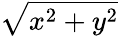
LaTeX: \sqrt{x^{2}+y^{2}}